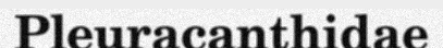
Pleuracanthidae